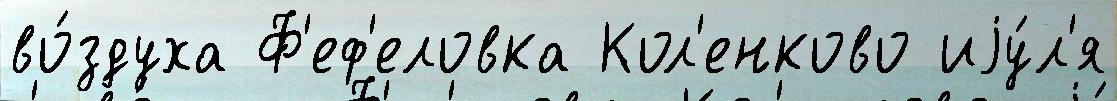
во́здуха Ф'еф'еловка Кол'енково иjу́л'я